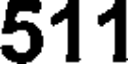
511